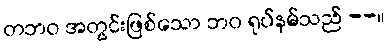
တဘဝ အတွင်းဖြစ်သော ဘဝ ရုပ်နမ်သည် --။